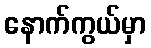
နောက်ကွယ်မှာ